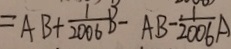
= A B + \frac { 1 } { 2 0 0 6 } B - A B - \frac { 1 } { 2 0 0 6 } A